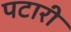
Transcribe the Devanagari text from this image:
पटारी